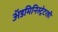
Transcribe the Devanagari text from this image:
अॅडमिनिस्ट्रेटरही